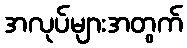
အလုပ်များအတွက်